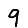
Digit: 9